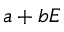
a + b E